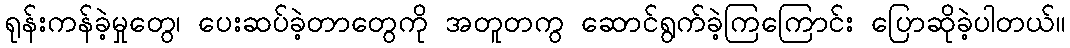
ရုန်းကန်ခဲ့မှုတွေ၊ ပေးဆပ်ခဲ့တာတွေကို အတူတကွ ဆောင်ရွက်ခဲ့ကြကြောင်း ပြောဆိုခဲ့ပါတယ်။